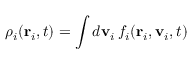
\rho _ { i } ( \mathbf { r } _ { i } , t ) = \int d \mathbf { v } _ { i } \, f _ { i } ( \mathbf { r } _ { i } , \mathbf { v } _ { i } , t )